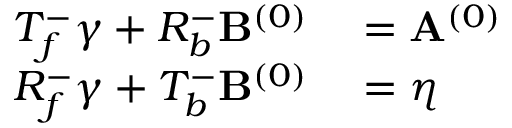
\begin{array} { r l } { T _ { f } ^ { - } \gamma + R _ { b } ^ { - } \mathbf { B } ^ { ( 0 ) } } & { { } = \mathbf { A } ^ { ( 0 ) } } \\ { R _ { f } ^ { - } \gamma + T _ { b } ^ { - } \mathbf { B } ^ { ( 0 ) } } & { { } = \eta } \end{array}